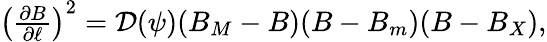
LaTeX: \begin{array}{r}{\left(\frac{\partial B}{\partial\ell}\right)^{2}=\mathcal{D}(\psi)(B_{M}-B)(B-B_{m})(B-B_{X}),}\end{array}